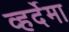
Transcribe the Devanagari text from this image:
व्हर्देमा